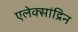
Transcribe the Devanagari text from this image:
एलेक्सांद्रिन